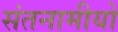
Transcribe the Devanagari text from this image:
संतनामीयो